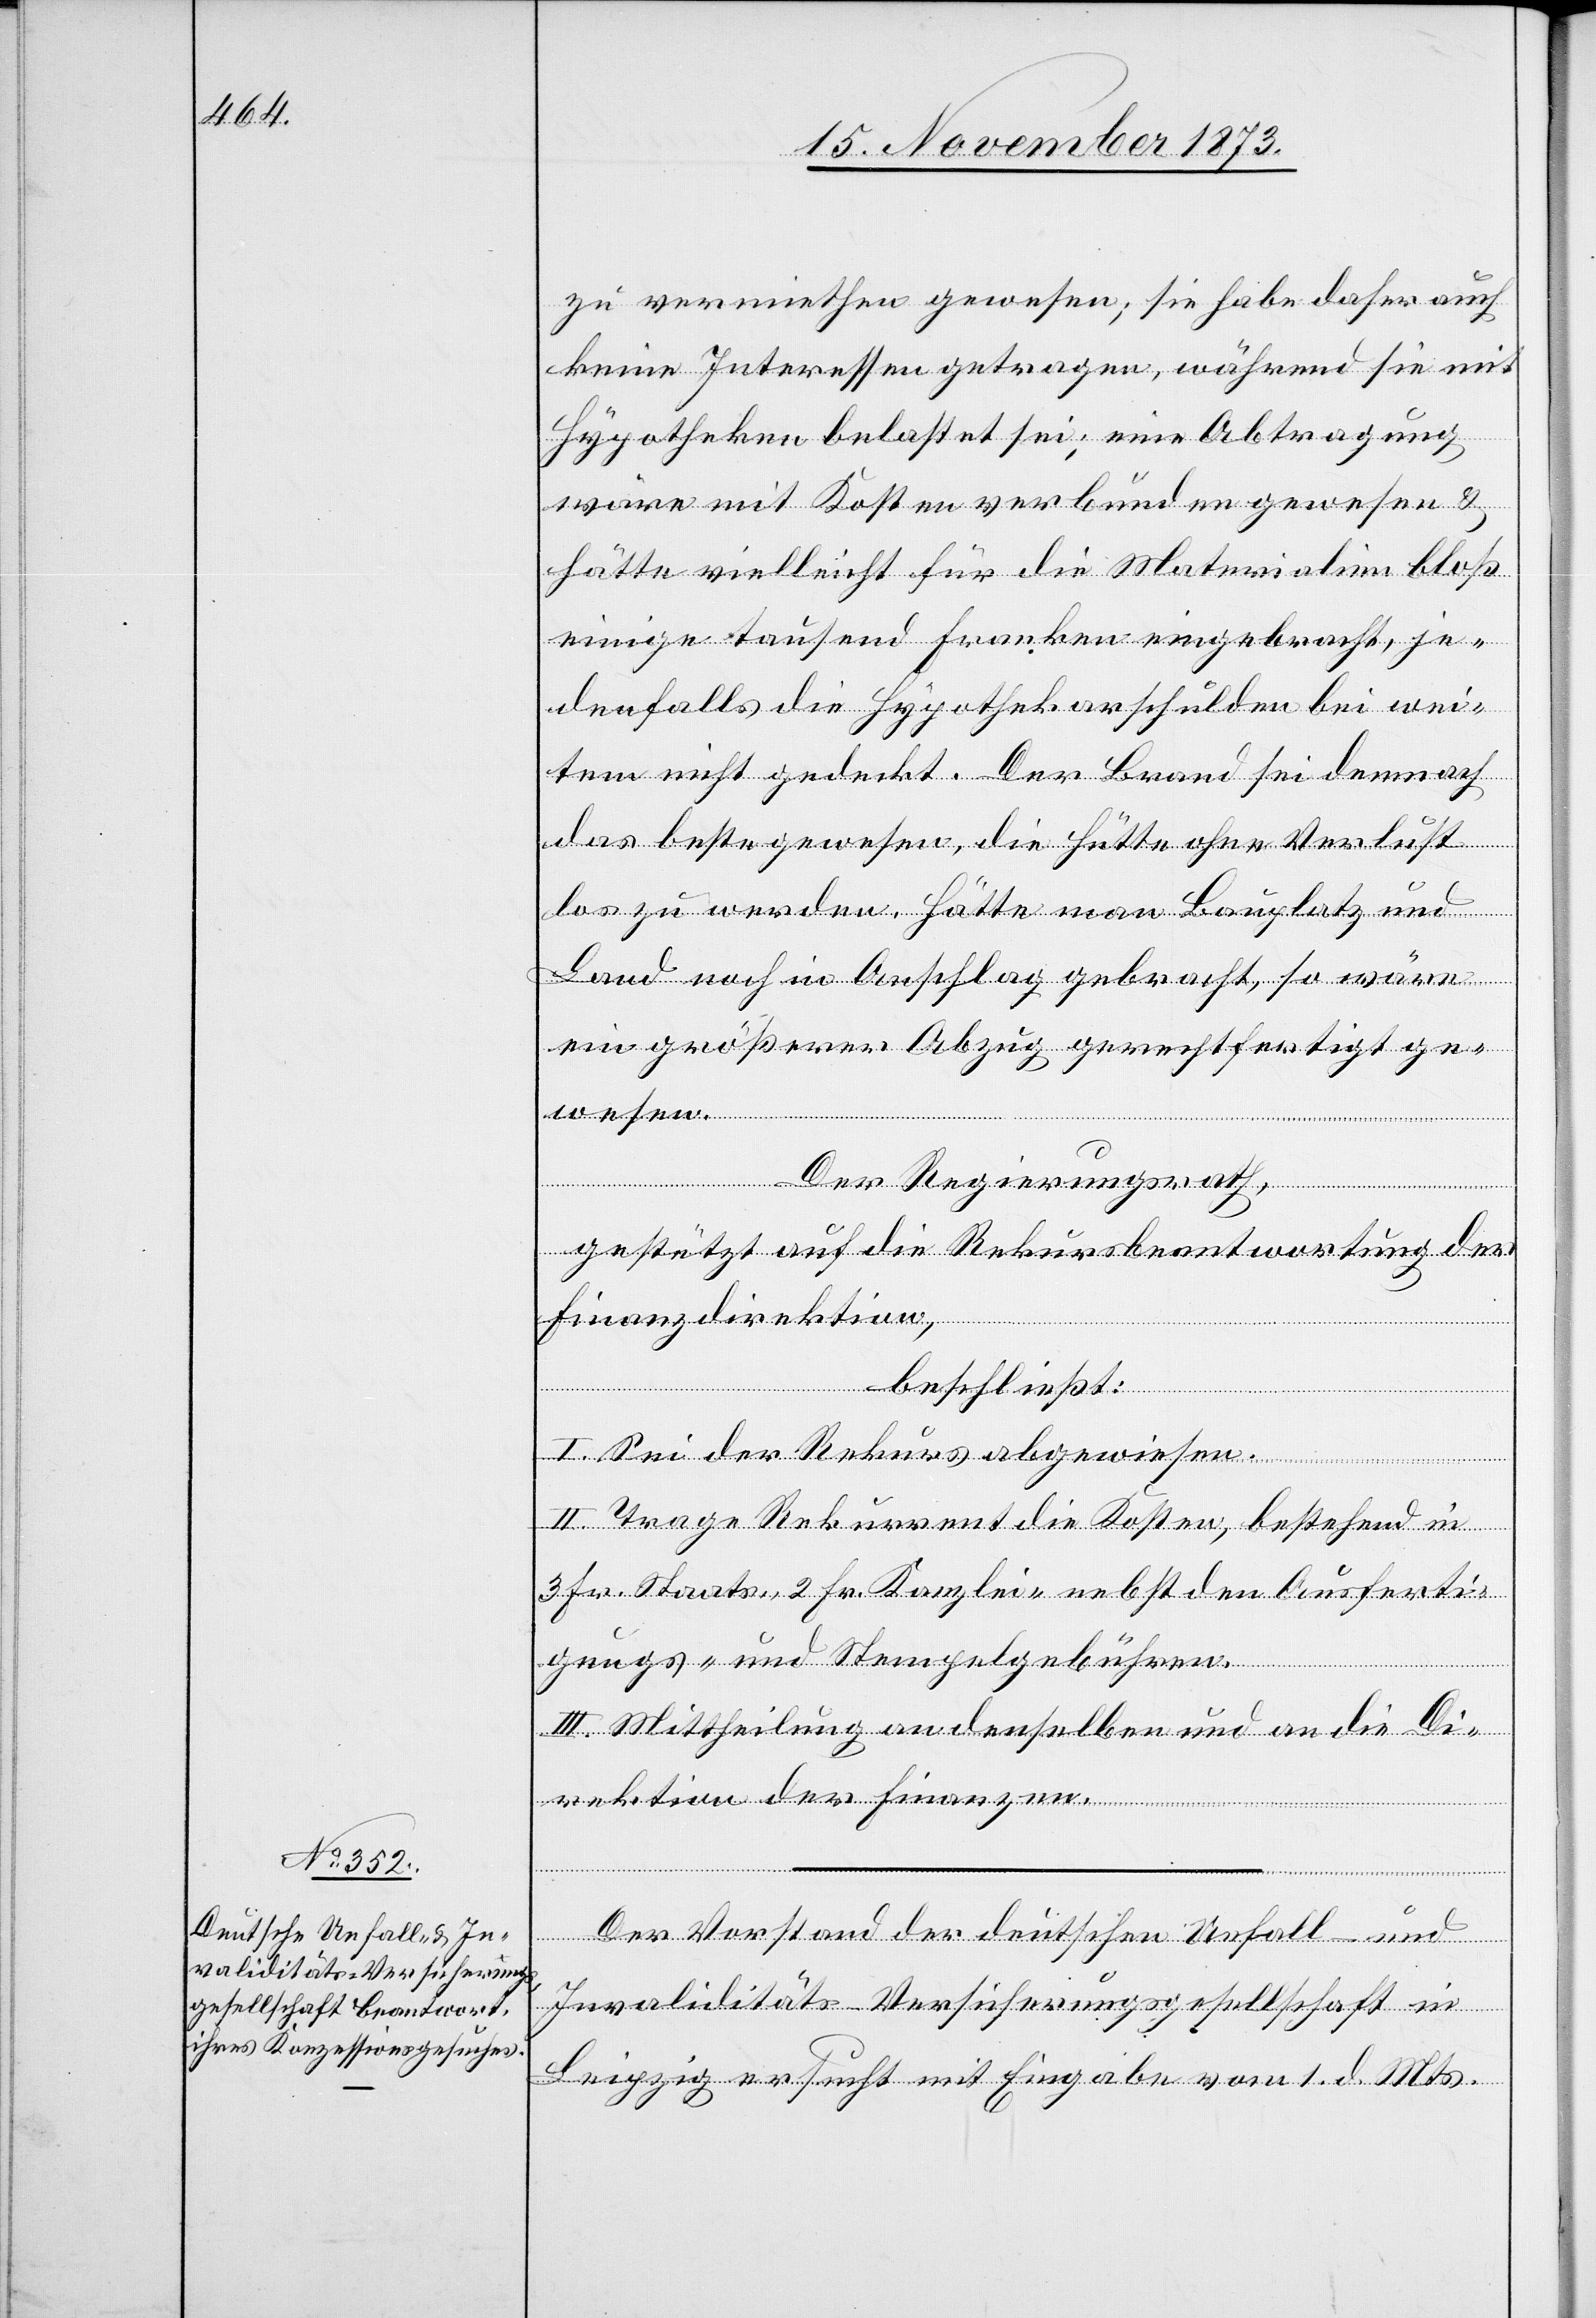
zu vermiethen gewesen; sie habe daher auch
keine Interessen getragen, während sie mit
Hypotheken belastet sei; eine Abtragung
wäre mit Kosten verbunden gewesen &
hätte vielleicht für die Materialien bloß
einige tausend Franken eingebracht, je¬
denfalls die Hypothekarschulden bei wei¬
tem nicht gedeckt. Der Brand sei demnach
das beste gewesen, die Hütte ohne Verlust
los zu werden. Hätte man Bauplatz und
Land noch in Anschlag gebracht, so wäre
ein größerer Abzug gerechtfertigt ge¬
Der Regierungsrath,
gestützt auf die Rekursbeantwortung der
Finanzdirektion,
beschließt:
I. Sei der Rekurs abgewiesen.
II. Trage Rekurrent die Kosten, bestehend in
3 Fr. Staats- 2 Fr. Kanzlei- nebst den Ausferti¬
gungs- und Stempelgebühren.
wesen.
III. Mittheilung an denselben und an die Di¬
rektion der Finanzen.
Der Vorstand der deutschen Unfall- und
Invaliditäts-Versicherungsgesellschaft in
Leipzig ersucht mit Eingabe vom 1. d. Mts.